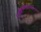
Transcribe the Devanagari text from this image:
मायाहिरण्मयमृगाभ्यनुधावनस्य